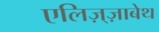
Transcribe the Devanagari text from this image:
एलिज़्ज़ाबेथ